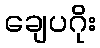
ချေပဂိုး